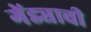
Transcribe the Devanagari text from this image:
गेंड्याची